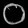
Digit: ၀